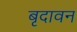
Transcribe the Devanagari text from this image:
बृदावन